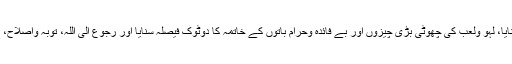
اللہ تعالی نے دعوت، ترغیب، ترہیب، تنبیہ اور نداء کا بہت ہی مشفقانہ انداز اپنایا، لہو ولعب کی چھوٹی بڑی چیزوں اور بے فائدہ وحرام باتوں کے خاتمہ کا دوٹوک فیصلہ سنایا اور رجوع الی اللہ، توبہ واصلاح، تقوی ومغفرت کی طرف بلاکسی توقف کے لپکنے اور دوڑنے کی ترغیب دی۔